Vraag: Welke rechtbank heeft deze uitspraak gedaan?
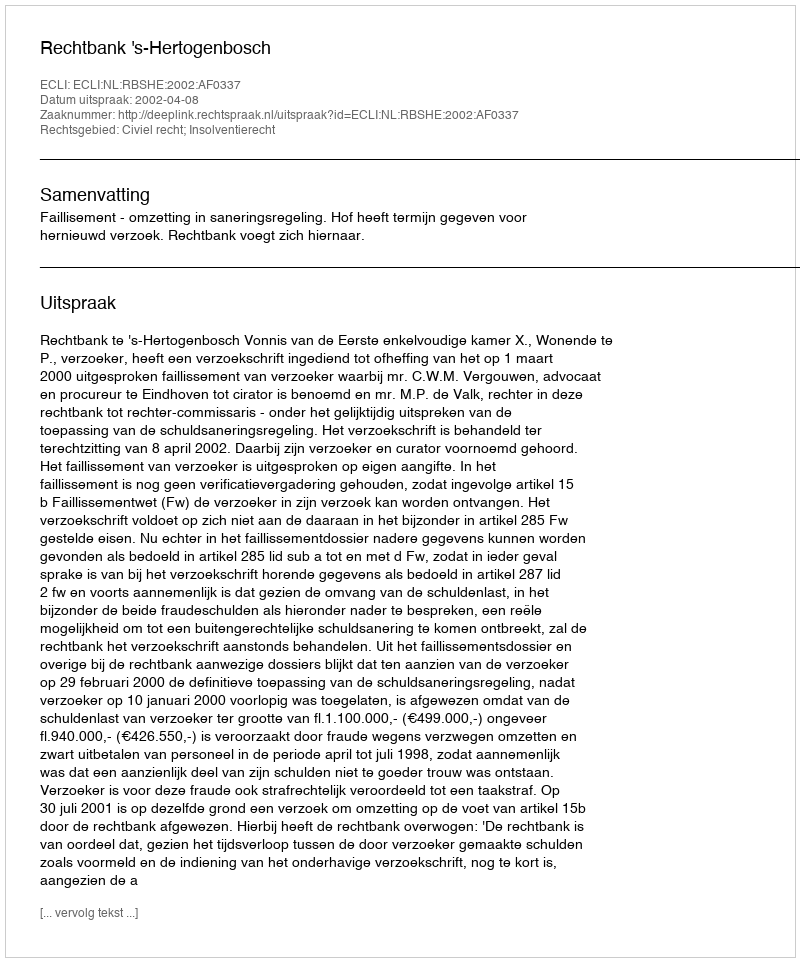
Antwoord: Rechtbank 's-Hertogenbosch